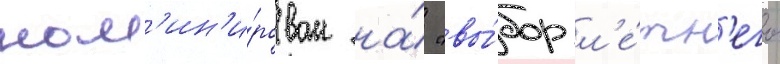
ном'ин'и́рован на́ "вы́бор л'е́тн'его